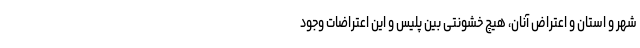
شهر و استان و اعتراض آنان، هیچ خشونتی بین پلیس و این اعتراضات وجود